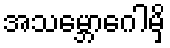
အသမ္ဘောဂေါမှိ